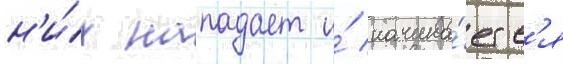
н'и́х нападает и́ начина́етс'я